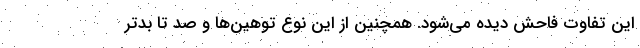
این تفاوت فاحش دیده می‌شود. همچنین از این نوع توهین‌ها و صد تا بدتر